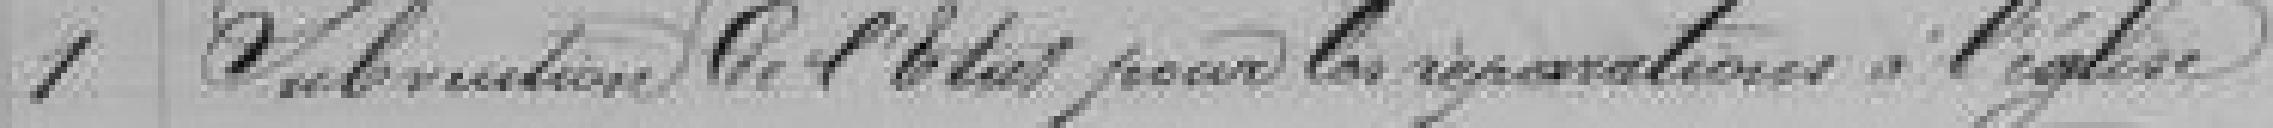
1 Subventions de l'Etat pour les réparations à l'église